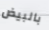
بالبيض